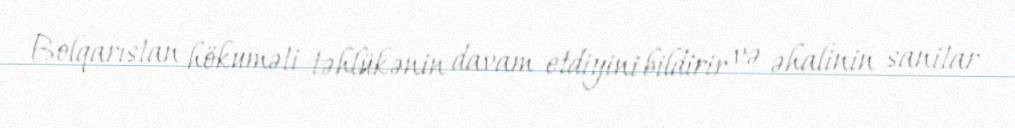
Bolqarıstan hökuməti təhlükənin davam etdiyini bildirir və əhalinin sanitar